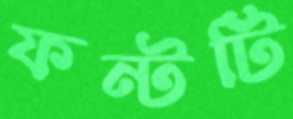
ফন্টটি